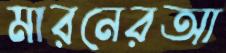
মারনেরআ